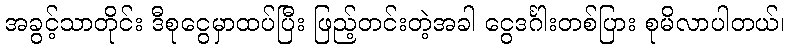
အခွင့်သာတိုင်း ဒီစုငွေမှာထပ်ပြီး ဖြည့်တင်းတဲ့အခါ ငွေဒင်္ဂါးတစ်ပြား စုမိလာပါတယ်၊